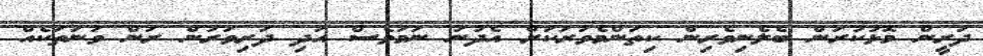
ދަރީން މޮޅުކުރަން ބެލެނިވެރިން ކިތަންމެވަރަކަށް އެދުނު ނަމަވެސް އަދި ދަރިވަރުން ރަން ވަނަތަކެއް